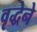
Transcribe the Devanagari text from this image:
वृद्धेने